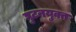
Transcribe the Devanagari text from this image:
घुटनयुक्त